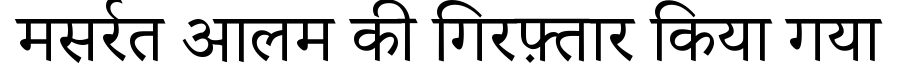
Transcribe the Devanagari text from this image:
मसर्रत आलम की गिरफ़्तार किया गया